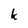
Character: k